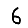
Digit: 6